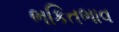
ભકિતભાવ